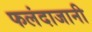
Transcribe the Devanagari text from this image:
फलंदाजानी